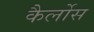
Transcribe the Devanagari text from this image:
कैर्लोस